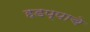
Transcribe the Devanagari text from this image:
हडप्पाचे